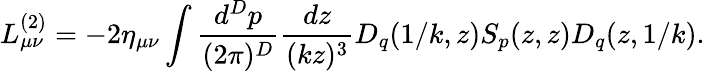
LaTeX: L_{\mu\nu}^{(2)}=-2\eta_{\mu\nu}\int{\frac{d^{D}p}{(2\pi)^{D}}}{\frac{dz}{(kz)^{3}}}D_{q}(1/k,z)S_{p}(z,z)D_{q}(z,1/k).